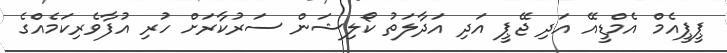
ޕީޕީއެމް އެމްޑީއޭ އަދި ޖޭޕީ އަދި އަދާލަތު ކޯލިޝަން ސަރުކާރަށް ހުރި އުފާވެރިކަމެއްގެ